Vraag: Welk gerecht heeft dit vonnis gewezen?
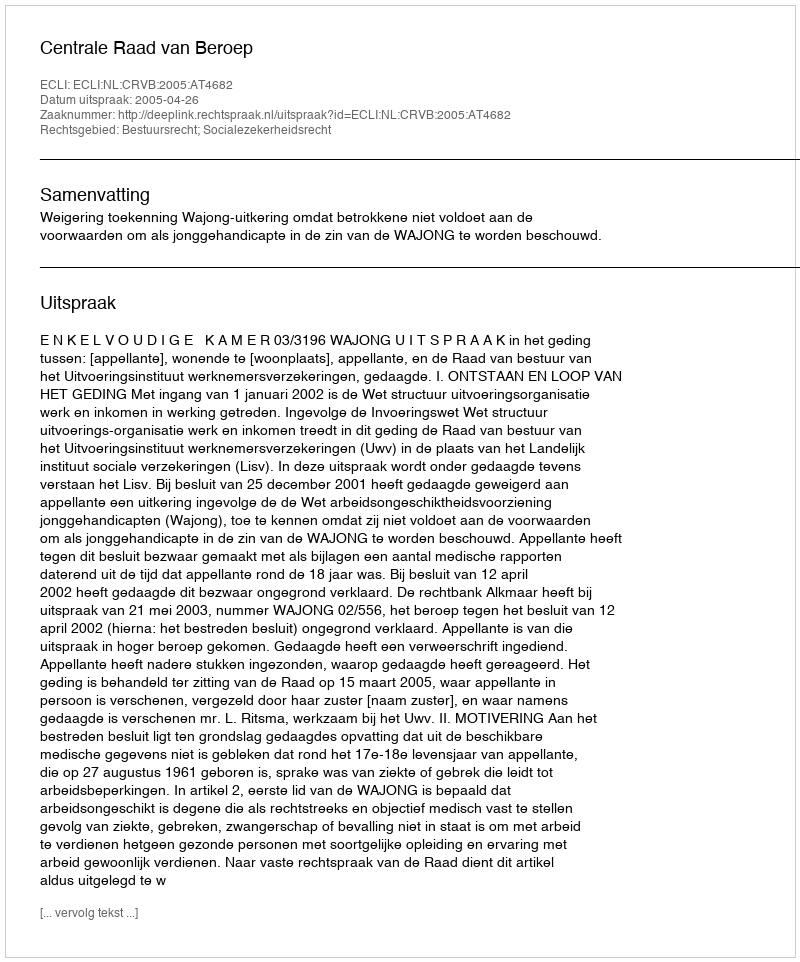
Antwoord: Centrale Raad van Beroep